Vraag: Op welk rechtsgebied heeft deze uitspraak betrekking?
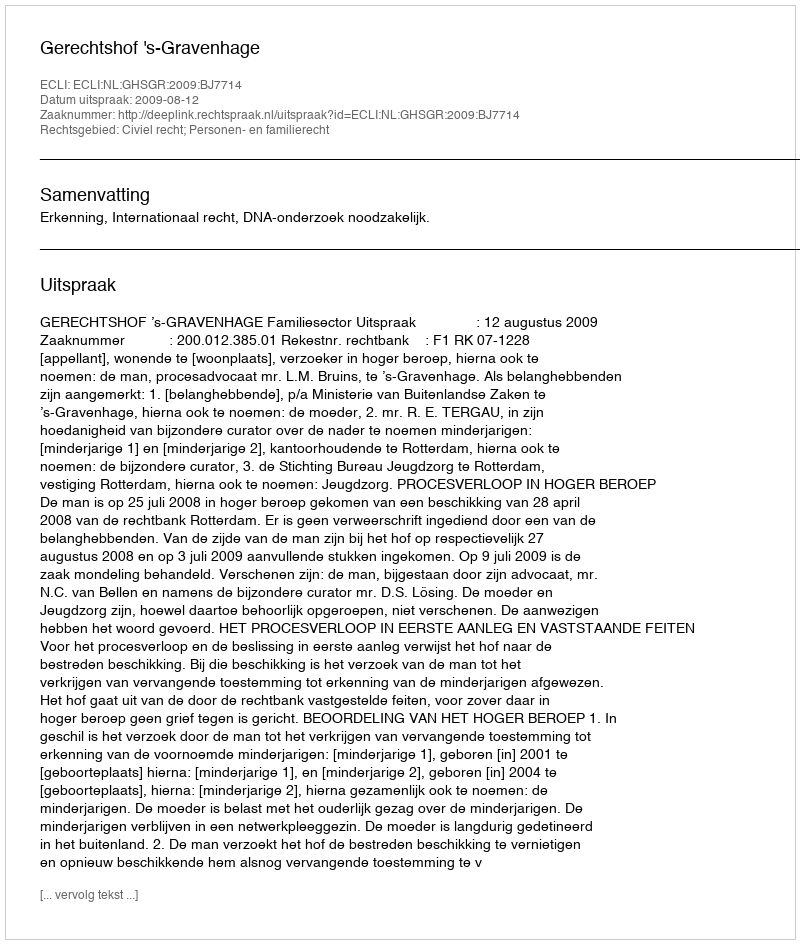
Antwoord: Civiel recht; Personen- en familierecht